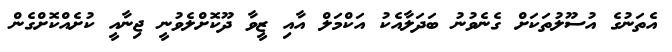
އެތަނުގެ އުސޫލުތަކަށް ގެނެވުނު ބަދަލާއެކު އަކްމަލް އާއި ޒީވާ ދޫކޮށްލެވުނީ ޖިނާއީ ކުށެއްކޮށްގެން